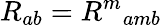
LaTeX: R_{ab}={R^{m}}_{amb}